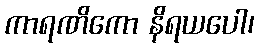
ကာရဏိကော နိရယပေါ၊